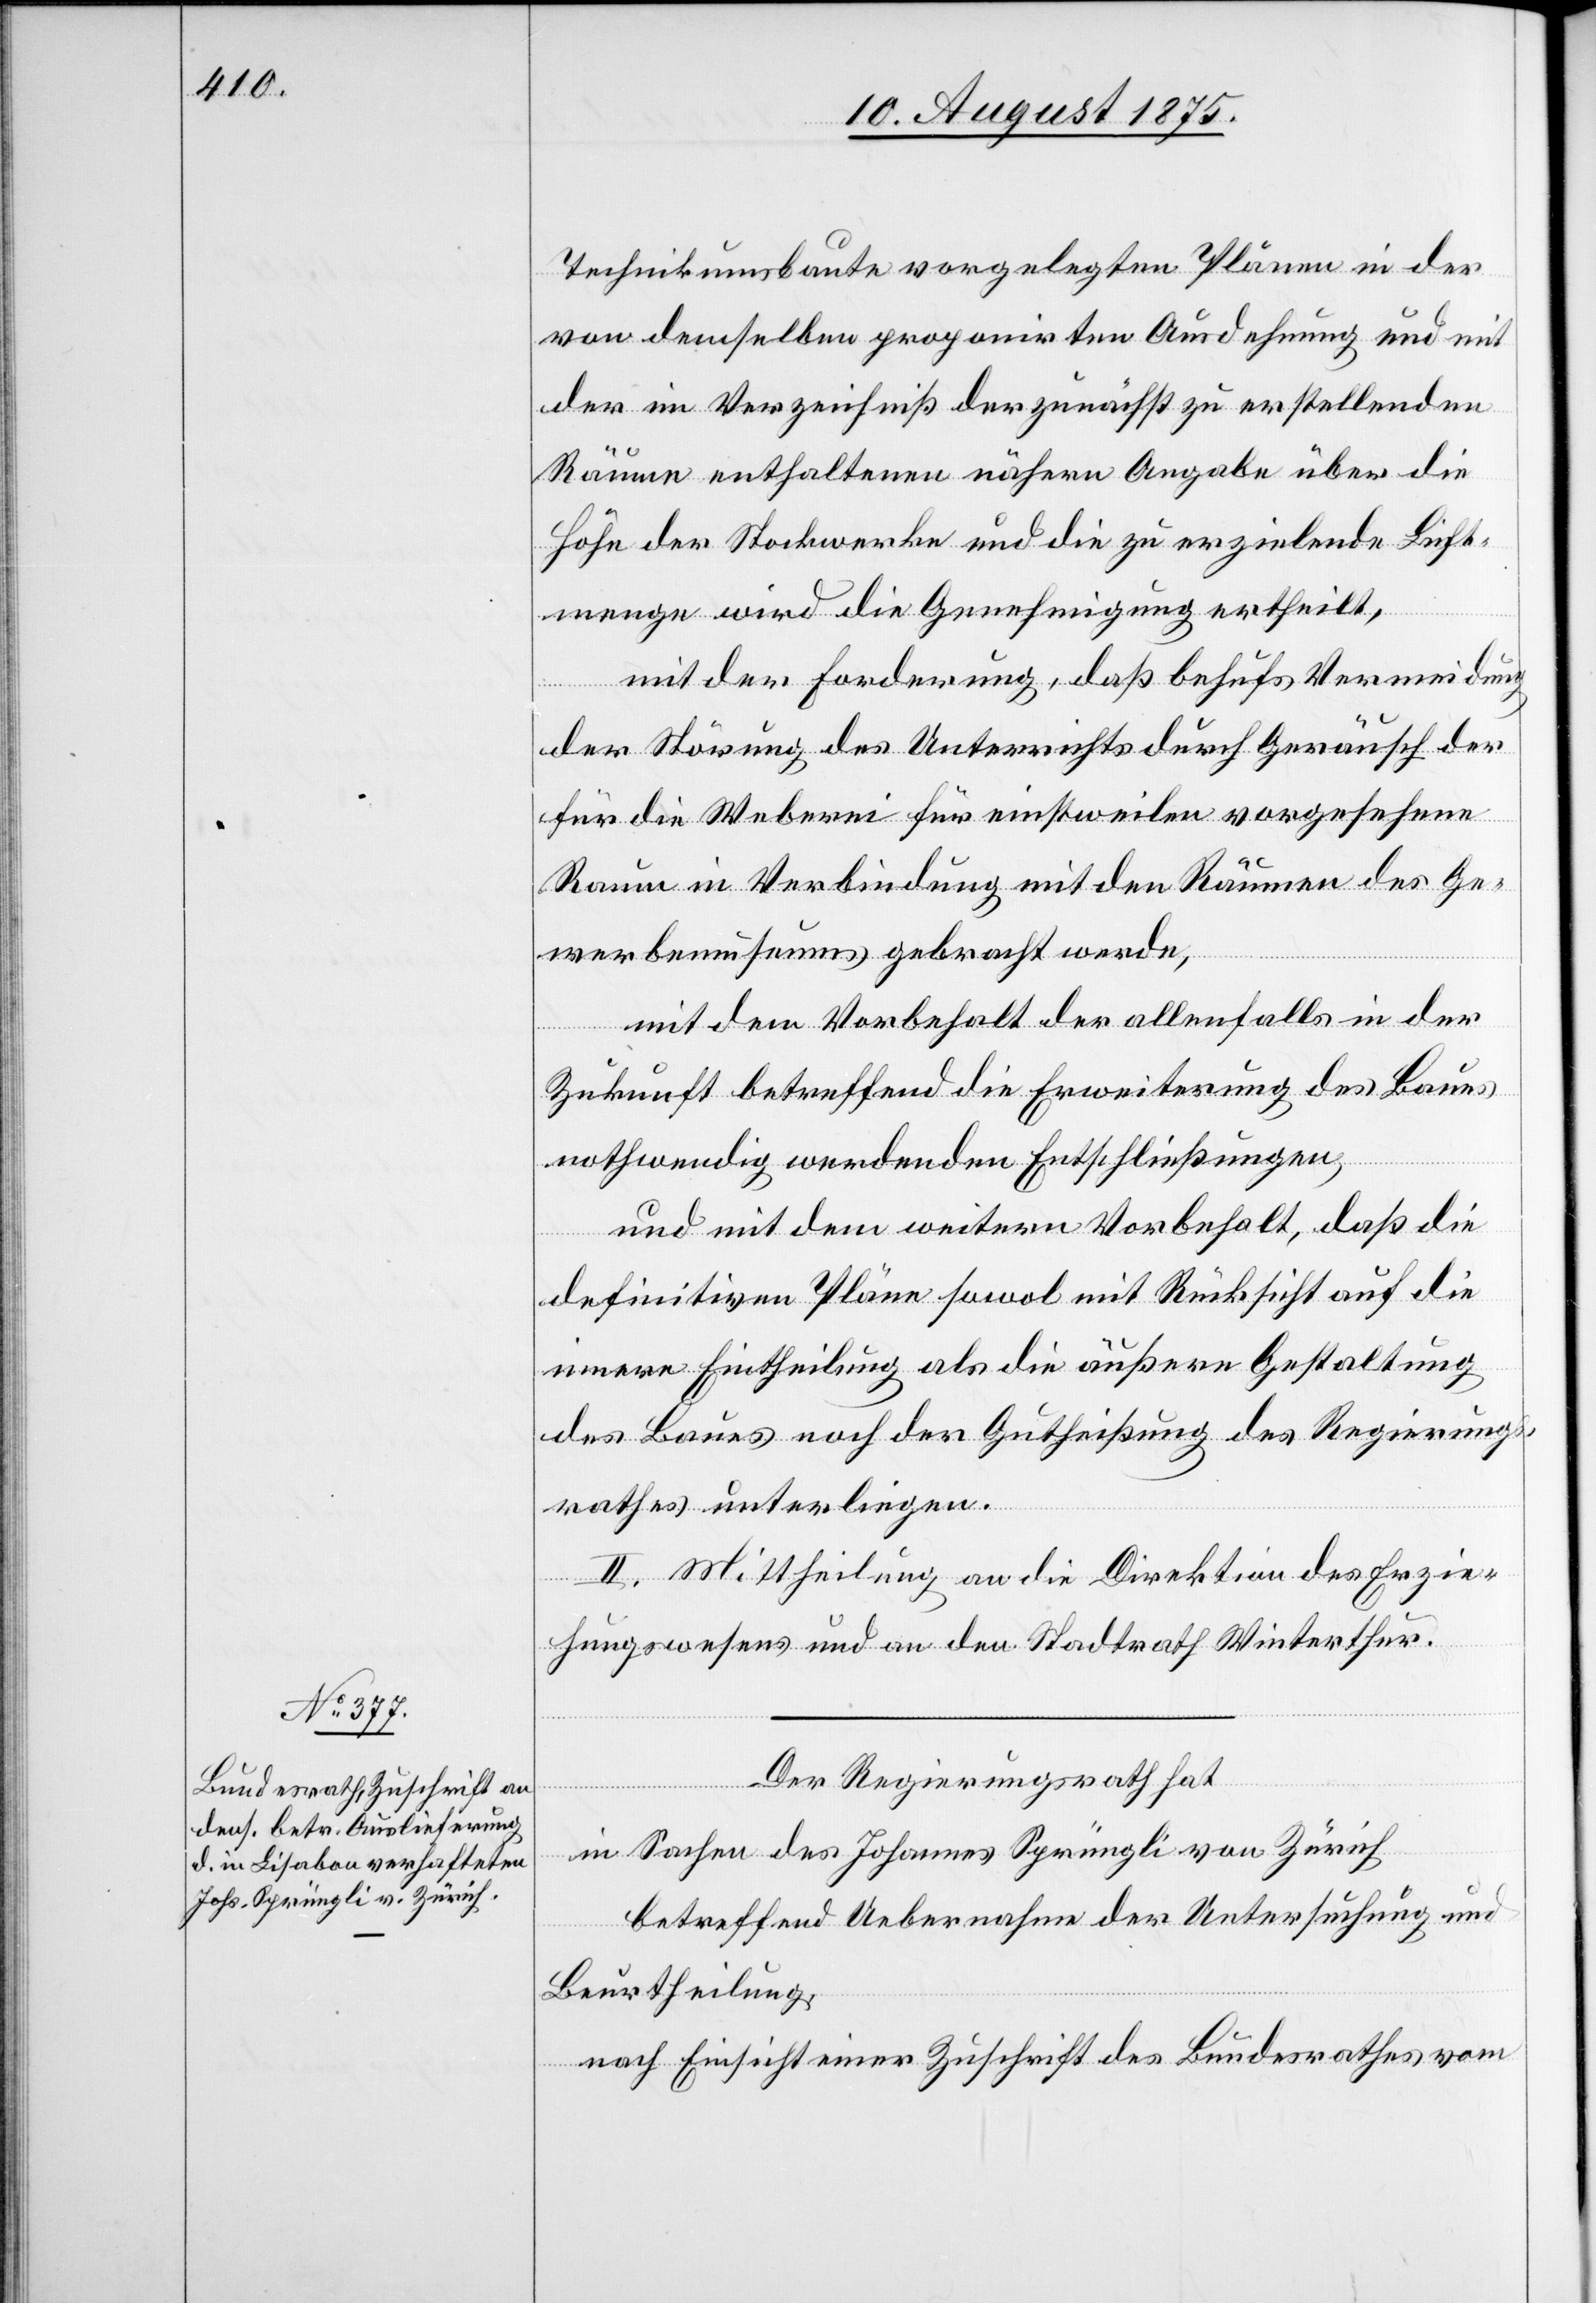
Technikumsbaute vorgelegten Plänen in der
von demselben proponirten Ausdehnung und mit
der im Verzeichniß der zunächst zu erstellenden
Räume enthaltenen nähern Angabe über die
Höhe der Stockwerke und die zu erzielende Licht¬
menge wird die Genehmigung ertheilt,
mit der Forderung, daß behufs Vermeidung
der Störung des Unterrichts durch Geräusch der
für die Weberei für einstweilen vorgesehene
Raum in Verbindung mit den Räumen des Ge¬
werbemuseums gebracht werde,
mit dem Vorbehalt der allenfalls in der
Zukunft betreffend die Erweiterung des Baues
nothwendig werdenden Entschließungen,
und mit dem weitern Vorbehalt, daß die
definitiven Pläne sowol mit Rücksicht auf die
innere Eintheilung als die äußere Gestaltung
des Baues noch der Gutheißung des Regierungs¬
rathes unterliegen.
II. Mittheilung an die Direktion des Erzie¬
hungswesens und an den Stadtrath Winterthur.
Der Regierungsrath hat
in Sachen des Johannes Sprüngli von Zürich
betreffend Uebernahme der Untersuchung und
Beurtheilung,
nach Einsicht einer Zuschrift des Bundesrathes vom